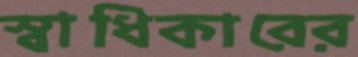
স্বাধিকারের